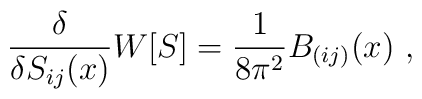
\frac{\delta}{\delta S_{ij}(x)}{W}[S] = \frac{1}{8\pi^2}B_{(ij)}(x)~,